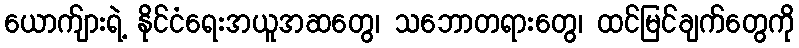
ယောက်ျားရဲ့ နိုင်ငံရေးအယူအဆတွေ၊ သဘောတရားတွေ၊ ထင်မြင်ချက်တွေကို